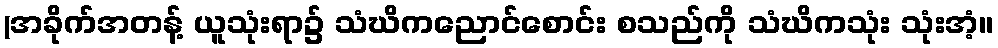
(အခိုက်အတန့် ယူသုံးရာ၌ သံဃိကညောင်စောင်း စသည်ကို သံဃိကသုံး သုံးအံ့။